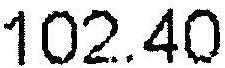
102.40